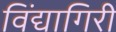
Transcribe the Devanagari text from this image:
विंद्यागिरी